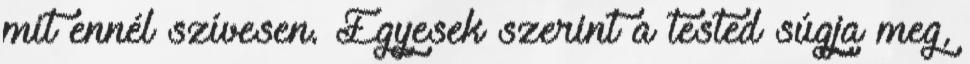
mit ennél szívesen. Egyesek szerint a tested súgja meg,